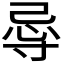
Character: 𭔲